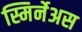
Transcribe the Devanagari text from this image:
स्मिर्नेअस